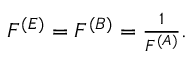
\begin{array} { r } { F ^ { ( E ) } = F ^ { ( B ) } = \frac { 1 } { F ^ { ( A ) } } . } \end{array}